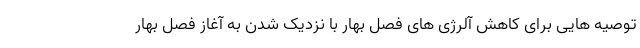
توصیه هایی برای کاهش آلرژی های فصل بهار با نزدیک شدن به آغاز فصل بهار